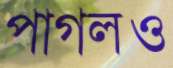
পাগলও